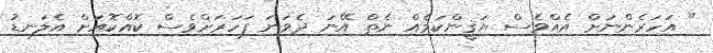
" އަހަރެންނަށް އެއްވެސް ޔަޤީންކަމެއް ނެތް އޭނަ ދެވަނަ ފަހަރަށްވެސް ކޮއްކޮއަށް އެލަނޑު